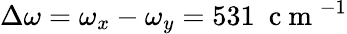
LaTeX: \Delta\omega=\omega_{x}-\omega_{y}=531~\mathrm{~c~m~}^{-1}